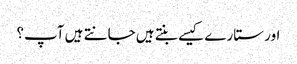
اور ستارے کیسے بنتے ہیں جانتے ہیں آپ؟